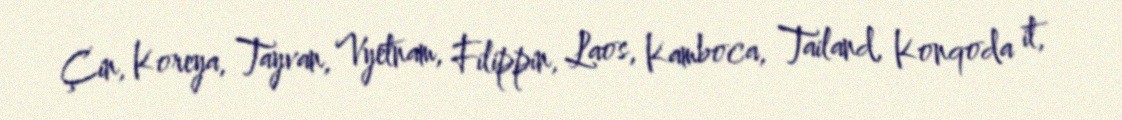
Çin, Koreya, Tayvan, Vyetnam, Filippin, Laos, Kamboca, Tailand, Konqoda it,